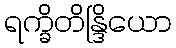
ရက္ခိတိန္ဒြိယော